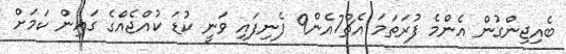
ބެއިޖިންގުން އެންމެ ފުރަތަމަ އެޗް7އެން9 ފެނިފައި ވަނީ ކުޑަ ކުއްޖެއްގެ ގައިން ކަމަށް